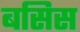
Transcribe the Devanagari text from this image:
बसिस